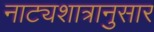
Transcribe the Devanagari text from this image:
नाट्यशात्रानुसार